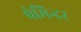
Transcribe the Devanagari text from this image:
प्रेमिन्दर